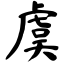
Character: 虞